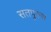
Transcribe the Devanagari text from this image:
सतपुरुश